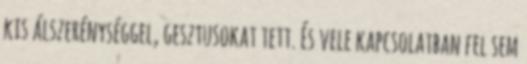
kis álszerénységgel, gesztusokat tett. És vele kapcsolatban fel sem